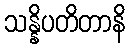
သန္နိပတိတာနိ